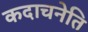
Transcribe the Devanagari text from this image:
कदाचनेति